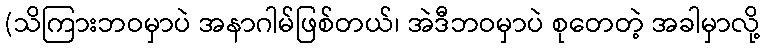
(သိကြားဘဝမှာပဲ အနာဂါမ်ဖြစ်တယ်၊ အဲဒီဘဝမှာပဲ စုတေတဲ့ အခါမှာလို့